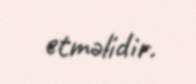
etməlidir.